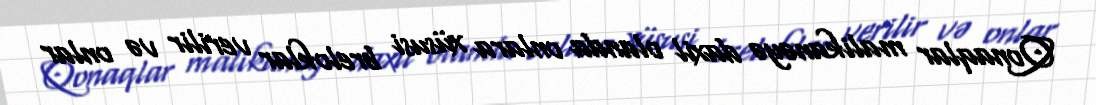
Qonaqlar malikanəyə daxil olanda onlara xüsusi breloklar verilir və onlar